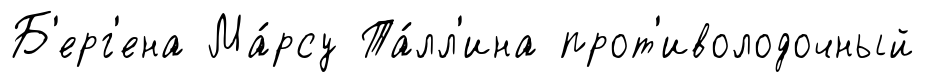
Б'ерг'ена Ма́рсу Та́лл'ина прот'иволодочный